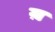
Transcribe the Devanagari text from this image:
य़